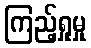
ကြည့်ရှုမှု